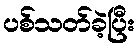
ပစ်သတ်ခဲ့ပြီး